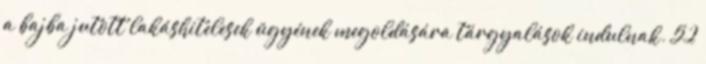
a bajba jutott lakáshitelesek ügyének megoldására tárgyalások indulnak. 52